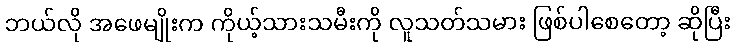
ဘယ်လို အဖေမျိုးက ကိုယ့်သားသမီးကို လူသတ်သမား ဖြစ်ပါစေတော့ ဆိုပြီး